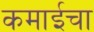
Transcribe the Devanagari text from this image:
कमाईचा